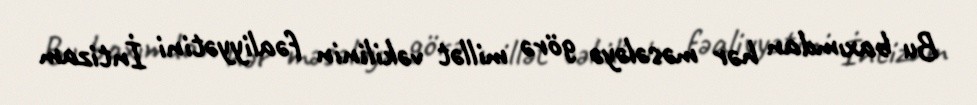
Bu baxımdan hər məsələyə görə millət vəkilinin fəaliyyətini İntizam